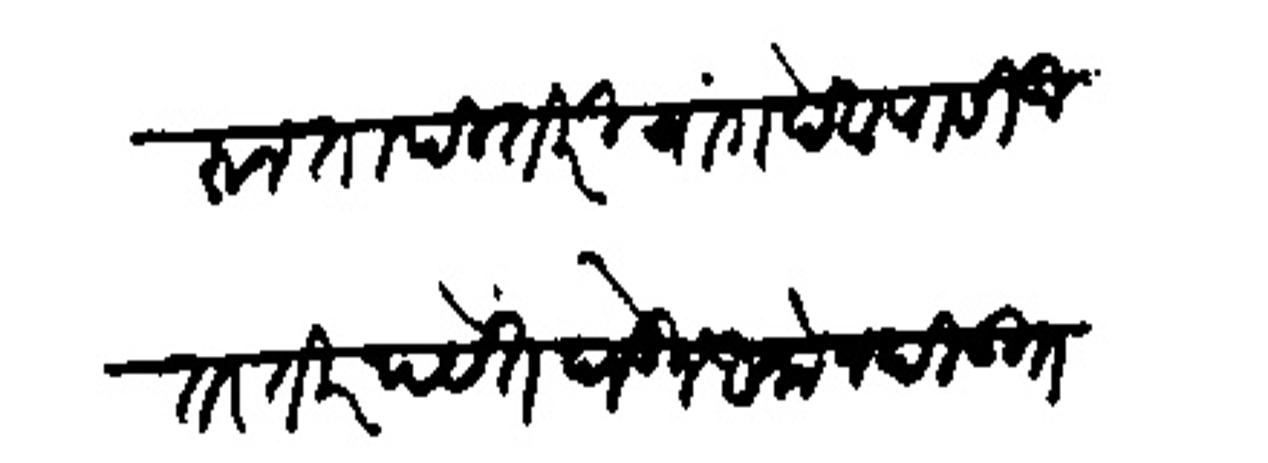
Transliteration (Devanagari): करून तापी तीरी चांगदेवापासी उत्तर तीर पर्येत घेऊन आलो नडी उतरावयाचा